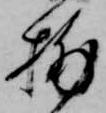
捕